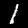
Digit: 1